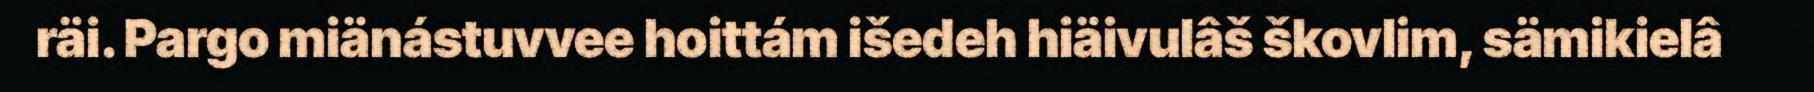
räi. Pargo miänástuvvee hoittám išedeh hiäivulâš škovlim, sämikielâ